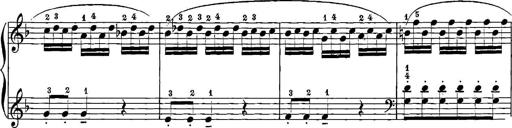
Title: 12 Sonatinas
Composer: Ignaz Pleyel